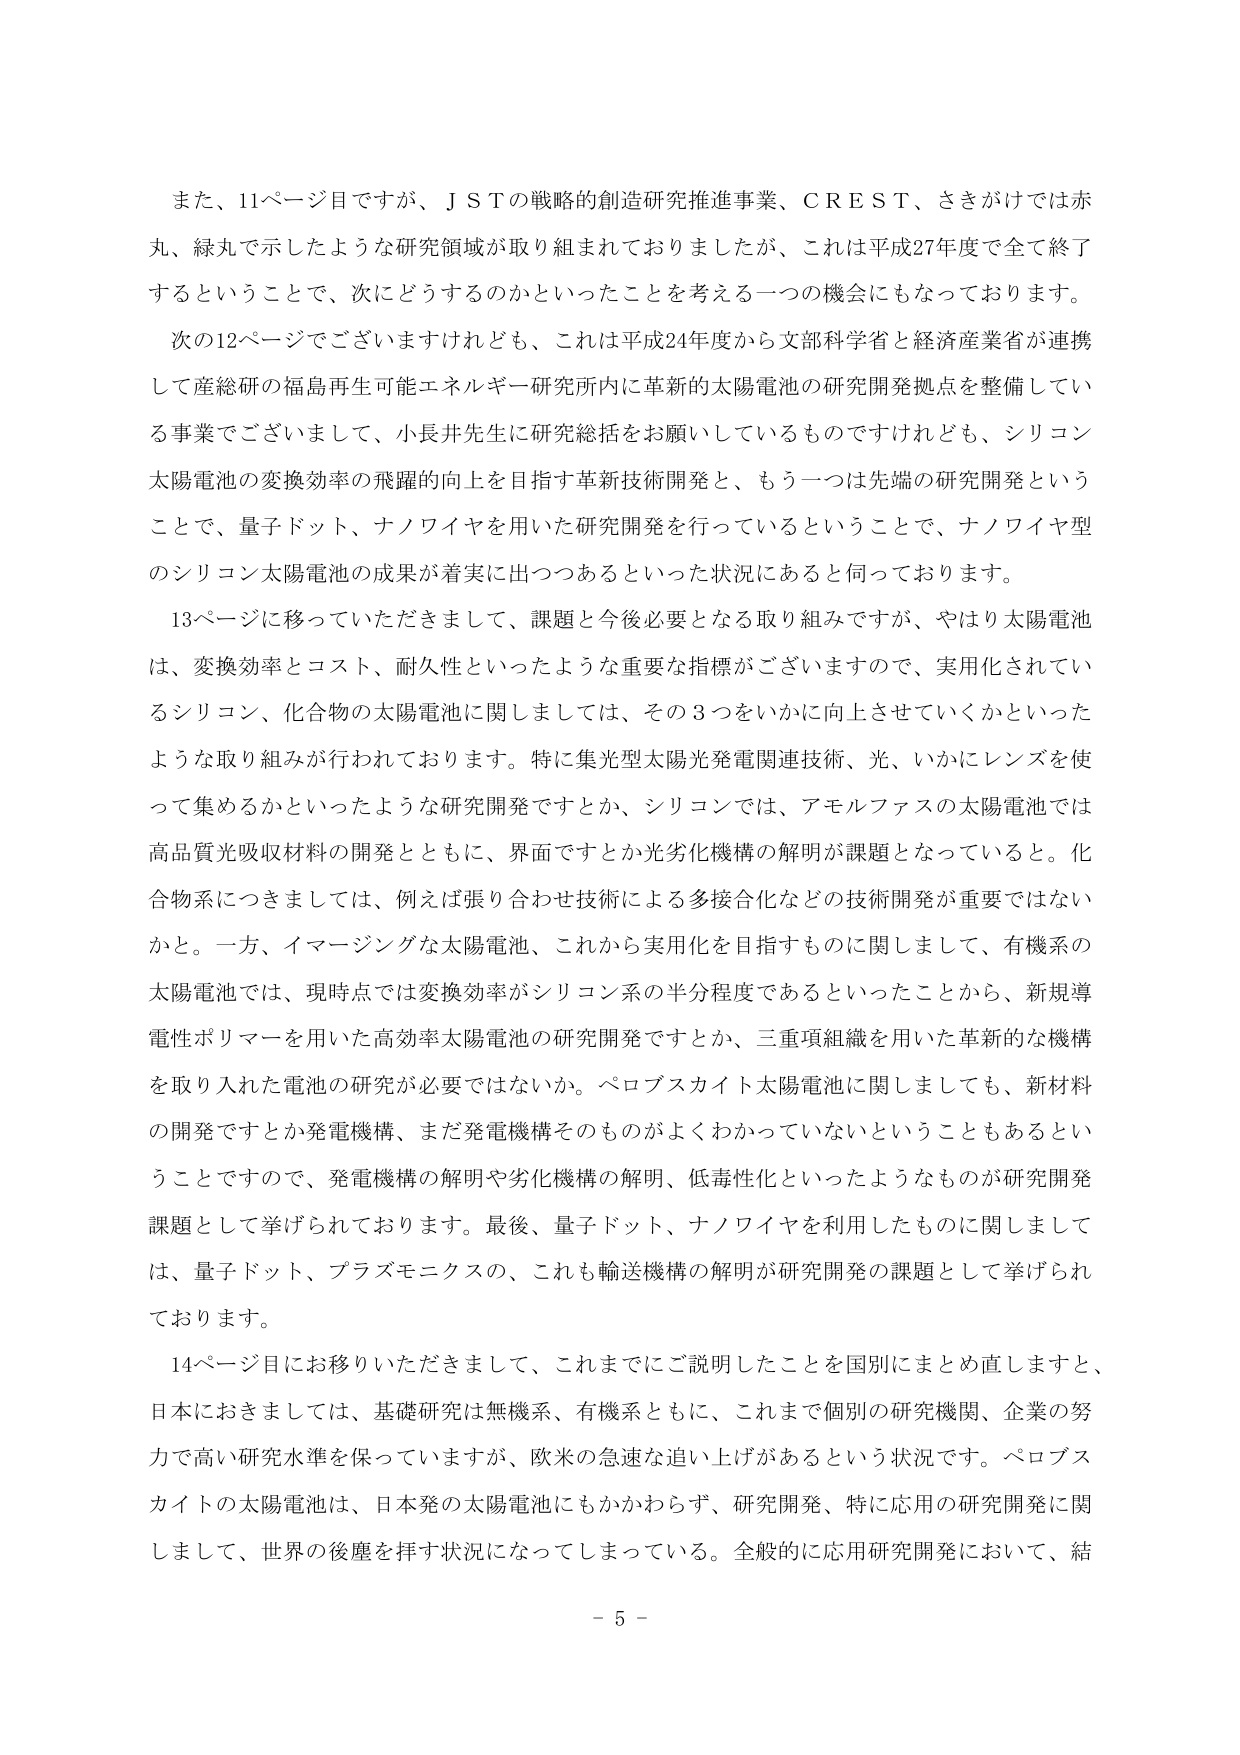
また、11ページ目ですが、ＪＳＴの戦略的創造研究推進事業、ＣＲＥＳＴ、さきがけでは赤丸、緑丸で示したような研究領域が取り組まれておりましたが、これは平成27年度で全て終了するということで、次にどうするのかといったことを考える一つの機会にもなっております。

次の12ページでございますけれども、これは平成24年度から文部科学省と経済産業省が連携して産総研の福島再生可能エネルギー研究所内に革新的太陽電池の研究開発拠点を整備している事業でございまして、小長井先生に研究総括をお願いしているものでございますけれども、シリコン太陽電池の変換効率の飛躍的向上を目指す革新技術開発と、もう一つは先端の研究開発ということで、量子ドット、ナノワイヤを用いた研究開発を行っているということで、ナノワイヤ型のシリコン太陽電池の成果が着実に出つつあるといった状況にあると伺っております。

13ページに移っていただきまして、課題と今後必要となる取り組みですが、やはり太陽電池は、変換効率とコスト、耐久性といったような重要な指標がございますので、実用化されているシリコン、化合物の太陽電池に関しましては、その3つをいかに向上させていくかといったような取り組みが行われております。特に集光型太陽光発電関連技術、光、いかにレンズを使って集めるかといったような研究開発ですとか、シリコンでは、アモルファスの太陽電池では高品質光吸収材料の開発とともに、界面ですとか光劣化機構の解明が課題となっていると。化合物系につきましては、例えば張り合わせ技術による多接合化などの技術開発が重要ではないかと。一方、イマージングな太陽電池、これから実用化を目指すものに関しまして、有機系の太陽電池では、現時点では変換効率がシリコン系の半分程度であるといったことから、新規導電性ポリマーを用いた高効率太陽電池の研究開発ですとか、三重項組織を用いた革新的な機構を取り入れた電池の研究が必要ではないか。ペロブスカイト太陽電池に関しましても、新材料の開発ですとか発電機構、まだ発電機構そのものがよくわかっていないということもあるということで、発電機構の解明や劣化機構の解明、低毒性化といったようなものが研究開発課題として挙げられております。最後、量子ドット、ナノワイヤを利用したものに関しましては、量子ドット、プラズモニクスの、これも輸送機構の解明が研究開発の課題として挙げられております。

14ページ目にお移りいただきまして、これまでにご説明したことを国別にまとめ直しますと、日本におきましては、基礎研究は無機系、有機系ともに、これまで個別の研究機関、企業の努力で高い研究水準を保っていますが、欧米の急速な追い上げがあるという状況です。ペロブスカイトの太陽電池は、日本発の太陽電池にもかかわらず、研究開発、特に応用の研究開発に関しまして、世界の後塵を拝す状況になってしまっている。全般的に応用研究開発において、結

- 5 -